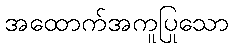
အထောက်အကူပြုသော